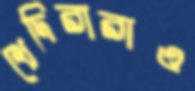
খেদিরারাও